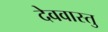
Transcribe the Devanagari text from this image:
देववास्तु